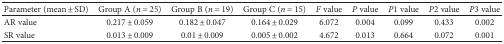
| Parameter (mean ± SD) | Group A (n = 25) | Group B (n = 19) | Group C (n = 15) | F value | P value | P1 value | P2 value | P3 value |
 | --- | --- | --- | --- | --- | --- | --- | --- | --- |
 | AR value | 0.217 ± 0.059 | 0.182 ± 0.047 | 0.164 ± 0.029 | 6.072 | 0.004 | 0.099 | 0.433 | 0.002 |
 | SR value | 0.013 ± 0.009 | 0.01 ± 0.009 | 0.005 ± 0.002 | 4.672 | 0.013 | 0.664 | 0.072 | 0.001 |